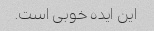
این ایده خوبی است.